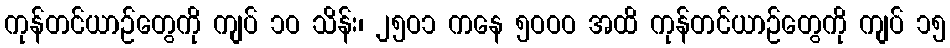
ကုန်တင်ယာဉ်တွေကို ကျပ် ၁ဝ သိန်း၊ ၂၅ဝ၁ ကနေ ၅ဝဝဝ အထိ ကုန်တင်ယာဉ်တွေကို ကျပ် ၁၅